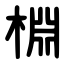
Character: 棩